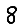
Digit: 8